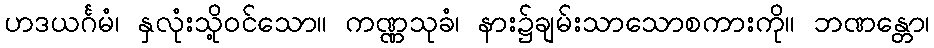
ဟဒယင်္ဂမံ၊ နှလုံးသို့ဝင်သော။ ကဏ္ဏသုခံ၊ နား၌ချမ်းသာသောစကားကို။ ဘဏန္တော၊